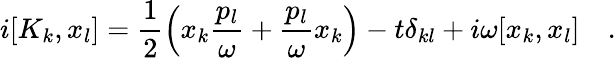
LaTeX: i[K_{k},x_{l}]=\frac{1}{2}\left(x_{k}\frac{p_{l}}{\omega}+\frac{p_{l}}{\omega}x_{k}\right)-t\delta_{kl}+i\omega[x_{k},x_{l}]~~~~.